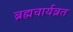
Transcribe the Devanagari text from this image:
ब्रह्मचार्यव्रत